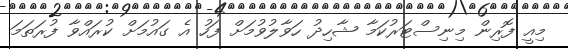
މިއީ ފޮރިން މިނިސްޓަރުކަމާ ޝާހިދު ހަވާލުވުމަށް ފަހު އެ ގައުމަށް ކުރައްވާ ފުރަތަމަ